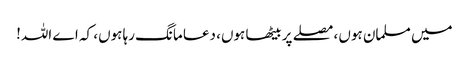
میں مسلمان ہوں ، مصلے پر بیٹھا ہوں، دعا مانگ رہا ہوں، کہ اے اللہ!